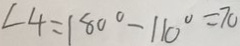
\angle 4 = 1 8 0 ^ { \circ } - 1 1 0 ^ { \circ } = 7 0